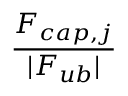
\displaystyle \frac { F _ { c a p , j } } { | F _ { u b } | }